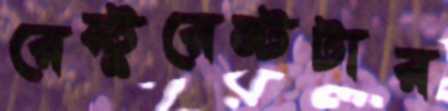
রেস্টুরেন্টটার